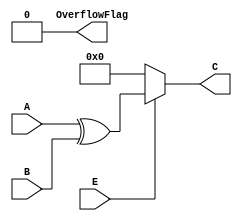
// lab1_bit_xor.v

// Bitwise XOR
// Calculation

// Output 1: C; calculation result, 16bit binary
// Output 2: OverflowFlag; 0
// Input 1: A; input, 16bit binary
// Input 2: B; input, 16bit binary
// Input 3: E; enable, 1bit binary

module bit_xor16 (output [15:0] C, output OverflowFlag,
	input [15:0] A, input [15:0] B, input E);
	
	assign OverflowFlag = 1'b0;
	assign C=(E == 1'b1)?(A ^ B):16'b0000000000000000;

endmodule